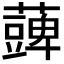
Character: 𮒪